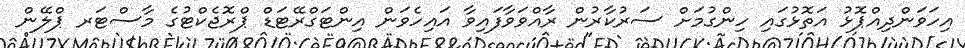
އިހަވަންދިއްޕޮޅު އަތޮޅުގައި ހިންގުމަށް ސަރުކާރުން ރާއްވަވާފައިވާ އައިހެވަން އިންޓަގްރޭޓަޑް ޕްރޮޖެކްޓުގެ މާސްޓަރ ޕްލޭން